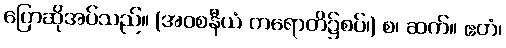
ပြောဆိုအပ်သည်။ (အဝစနီယံ ကရောတိ၌စပ်၊) စ၊ ဆက်။ ဧတံ၊